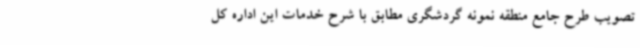
تصویب طرح جامع منطقه نمونه گردشگری مطابق با شرح خدمات این اداره کل